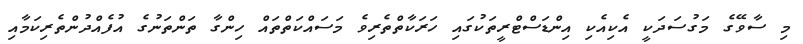
މި ސާވޭގެ މަގުސަދަކީ އެކިއެކި އިންޑަސްޓްރީތަކުގައި ހަރަކާތްތެރިވެ މަސައްކަތްތައް ހިންގާ ތަންތަނުގެ އުފެއްދުންތެރިކަމާއި